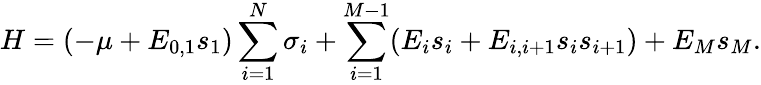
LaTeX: H=(-\mu+E_{0,1}s_{1})\sum_{i=1}^{N}\sigma_{i}+\sum_{i=1}^{M-1}(E_{i}s_{i}+E_{i,i+1}s_{i}s_{i+1})+E_{M}s_{M}.